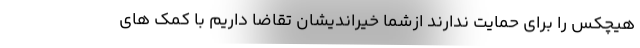
هیچکس را برای حمایت ندارند ازشما خیراندیشان تقاضا داریم با کمک های